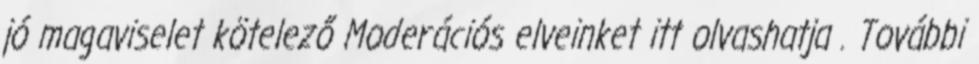
jó magaviselet kötelező Moderációs elveinket itt olvashatja . További